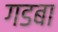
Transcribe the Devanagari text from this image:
गडबा